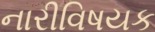
નારીવિષયક